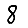
Digit: 8